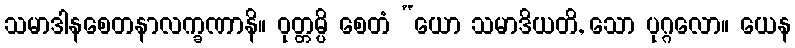
သမာဒါနစေတနာလက္ခဏာနိ။ ဝုတ္တမ္ပိ စေတံ “ယော သမာဒိယတိ, သော ပုဂ္ဂလော။ ယေန